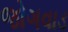
જોગવાડ